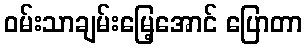
ဝမ်းသာချမ်းမြေ့အောင် ပြောတာ